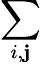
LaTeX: \sum_{i,\mathbf{j}}